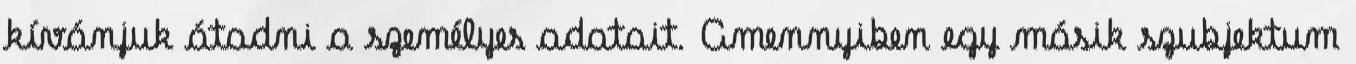
kívánjuk átadni a személyes adatait. Amennyiben egy másik szubjektum